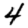
Digit: 4